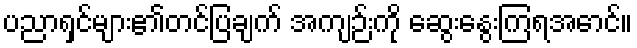
ပညာရှင်များ၏တင်ပြချက် အကျဉ်းကို ဆွေးနွေးကြရအောင်။